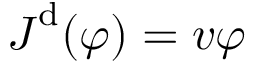
\boldsymbol { J } ^ { \mathrm { d } } ( \varphi ) = \boldsymbol { v } \varphi